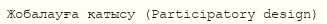
Жобалауға қатысу (Participatory design)